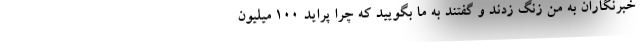
خبرنگاران به من زنگ زدند و گفتند به ما بگویید که چرا پراید ۱۰۰ میلیون